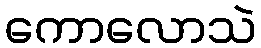
ကောလောသဲ